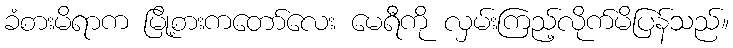
ခံစားမိရာက မြို့စားကတော်လေး မေရီကို လှမ်းကြည့်လိုက်မိပြန်သည်။